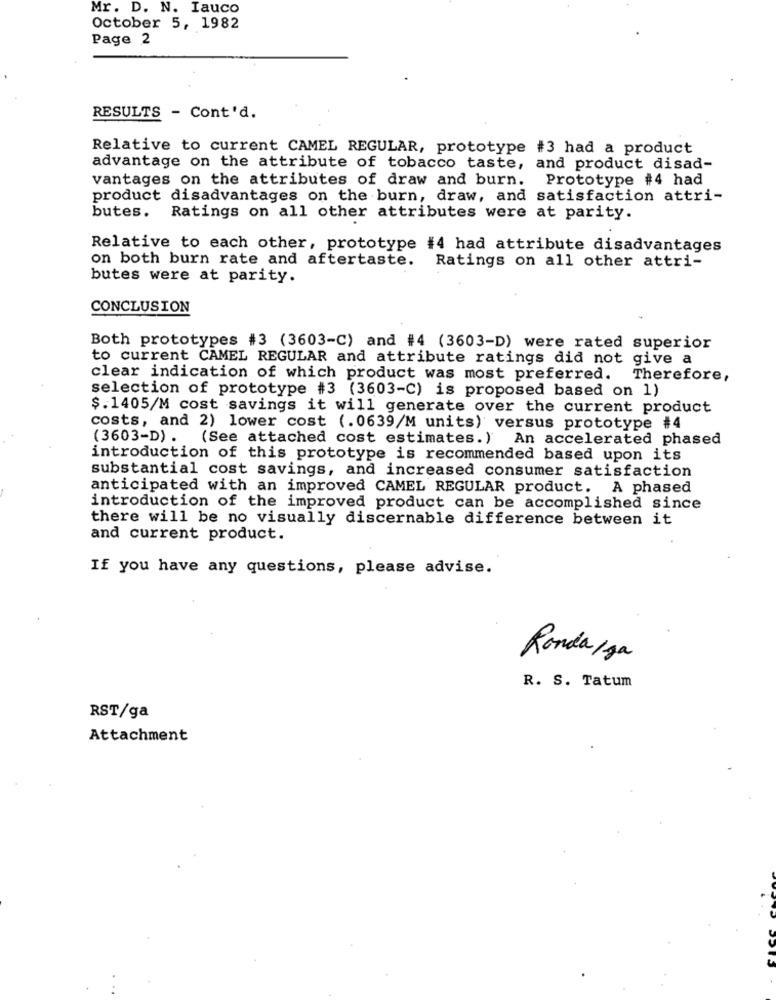
Mr. D. N. Iauco
October 5, 1982
Page 2
RESULTS - Cont'd.
Relative to current CAMEL REGULAR, prototype #3 had a product
advantage on the attribute of tobacco taste, and product disad-
vantages on the attributes of draw and burn. Prototype #4 had
product disadvantages on the burn, draw, and satisfaction attri-
butes. Ratings on all other attributes were at parity.
Relative to each other, prototype #4 had attribute disadvantages
on both burn rate and aftertaste. Ratings on all other attri-
butes were at parity.
CONCLUSION
Both prototypes #3 (3603-C) and #4 (3603-D) were rated superior
to current CAMEL REGULAR and attribute ratings did not give a
clear indication of which product was most preferred. Therefore,
selection of prototype #3 (3603-C) is proposed based on 1)
$.1405/M cost savings it will generate over the current product
costs, and 2) lower cost (.0639/M units) versus prototype #4
(3603-D) . (See attached cost estimates.) An accelerated phased
introduction of this prototype is recommended based upon its
substantial cost savings, and increased consumer satisfaction
anticipated with an improved CAMEL REGULAR product. A phased
introduction of the improved product can be accomplished since
there will be no visually discernable difference between it
and current product.
If you have any questions, please advise.
Ronda/ ga
R. S. Tatum
RST/ga
Attachment